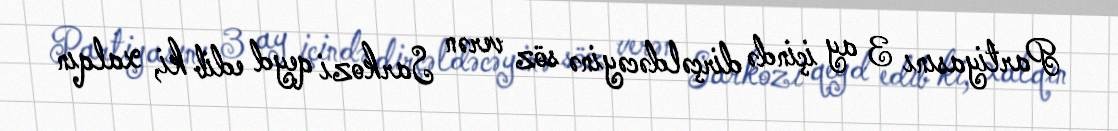
Partiyasını 3 ay içində dirçəldəcəyinə söz verən Sarkozi qeyd edib ki, xalqın